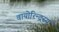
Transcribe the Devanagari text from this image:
वायोरिन्द्रस्य